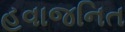
હવાજનિત